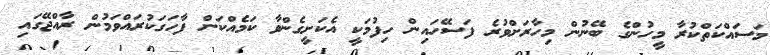
މަސައްކަތްކުރާ މީހުންގެ ބޭނުން މިހާރަށްވުރެ ފަސޭހައިން ހިފުމަކީ އެކަށީގެންވާ ކަމެއްކަން ފާހަގަކުރައްވަމުން ރާއްޖޭގައި